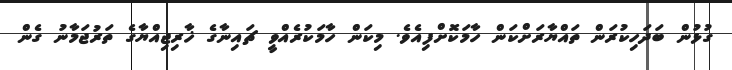
ގުޅުން ބަދަހިކުރަން ތައްޔާރަށްކަން ހާމަކޮށްފިއެވެ. މިކަން ހާމަކުރެއްވީ ޗައިނާގެ ޚާރިޖިއްޔާގެ ތަރުޖަމާނު ގެން